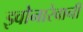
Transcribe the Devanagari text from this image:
झ्वोनारेवानीं